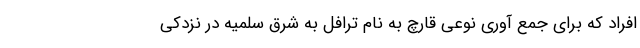
افراد که برای جمع آوری نوعی قارچ به نام ترافل به شرق سلمیه در نزدکی